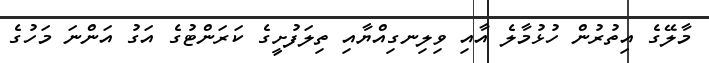
މާލޭގެ އިތުރުން ހުޅުމާލެ އާއި ވިލިނގިއްޔާއި ތިލަފުށީގެ ކަރަންޓުގެ އަގު އަންނަ މަހުގެ